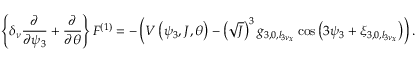
\left\{ \delta _ { \nu } \frac { \partial } { \partial \psi _ { 3 } } + \frac { \partial } { \partial \theta } \right\} F ^ { ( 1 ) } = - \left( V \left( \psi _ { 3 } , J , \theta \right) - \left( \sqrt J \right) ^ { 3 } g _ { 3 , 0 , l _ { 3 \nu _ { x } } } \cos { \left( 3 \psi _ { 3 } + \xi _ { 3 , 0 , l _ { 3 \nu _ { x } } } \right) } \right) .